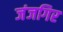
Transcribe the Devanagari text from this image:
जंजगिर